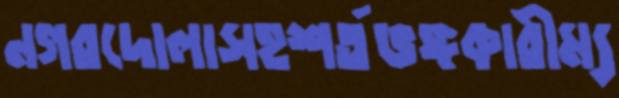
নগরদোলাসহশর্তভঙ্গকারীম্য